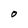
Character: O